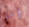
اما